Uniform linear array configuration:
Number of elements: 4
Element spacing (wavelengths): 0.75
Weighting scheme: uniform
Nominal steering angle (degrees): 15
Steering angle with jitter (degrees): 14.099
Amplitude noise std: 0.05
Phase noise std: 0.05

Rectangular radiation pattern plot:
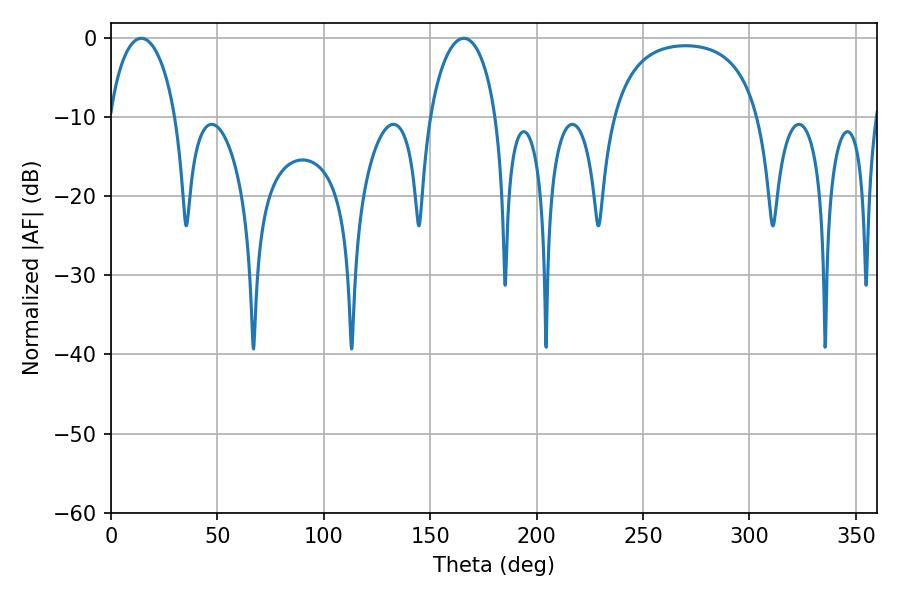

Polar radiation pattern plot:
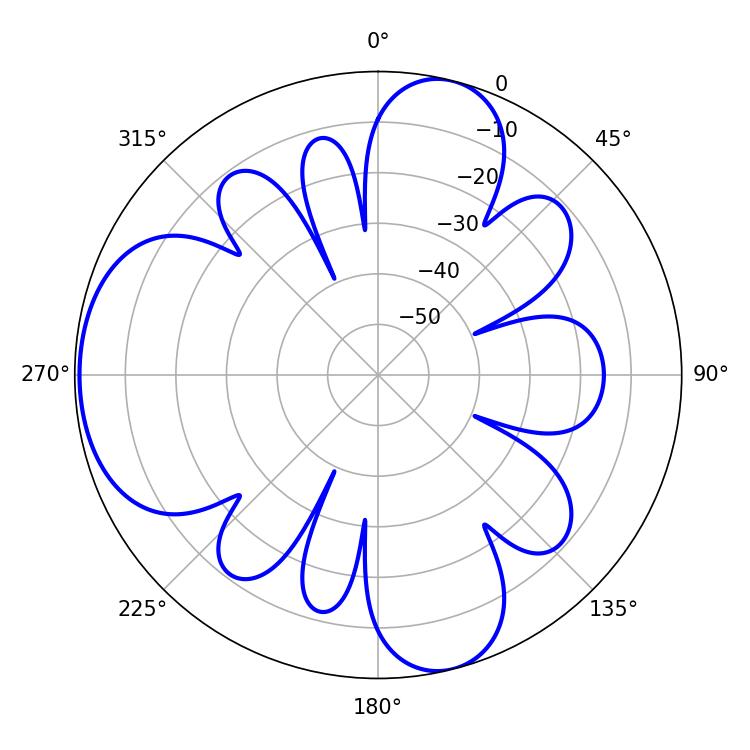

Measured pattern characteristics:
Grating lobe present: TRUE
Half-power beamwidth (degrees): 18
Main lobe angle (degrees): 14.22